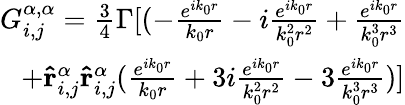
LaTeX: \begin{array}{r}{G_{i,j}^{\alpha,\alpha}=\frac{3}{4}\Gamma[(-\frac{e^{ik_{0}r}}{k_{0}r}-i\frac{e^{ik_{0}r}}{k_{0}^{2}r^{2}}+\frac{e^{ik_{0}r}}{k_{0}^{3}r^{3}}}\\ {+\mathbf{\hat{r}}_{i,j}^{\alpha}\mathbf{\hat{r}}_{i,j}^{\alpha}(\frac{e^{ik_{0}r}}{k_{0}r}+3i\frac{e^{ik_{0}r}}{k_{0}^{2}r^{2}}-3\frac{e^{ik_{0}r}}{k_{0}^{3}r^{3}})]}\end{array}